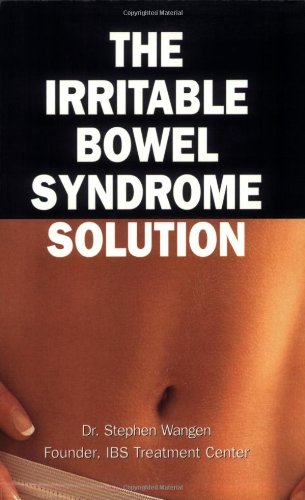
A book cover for The Irritable Bowel Syndrome Solution: How It's Cured at the IBS Treatment Center; Stephen Wangen; Health, Fitness & Dieting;